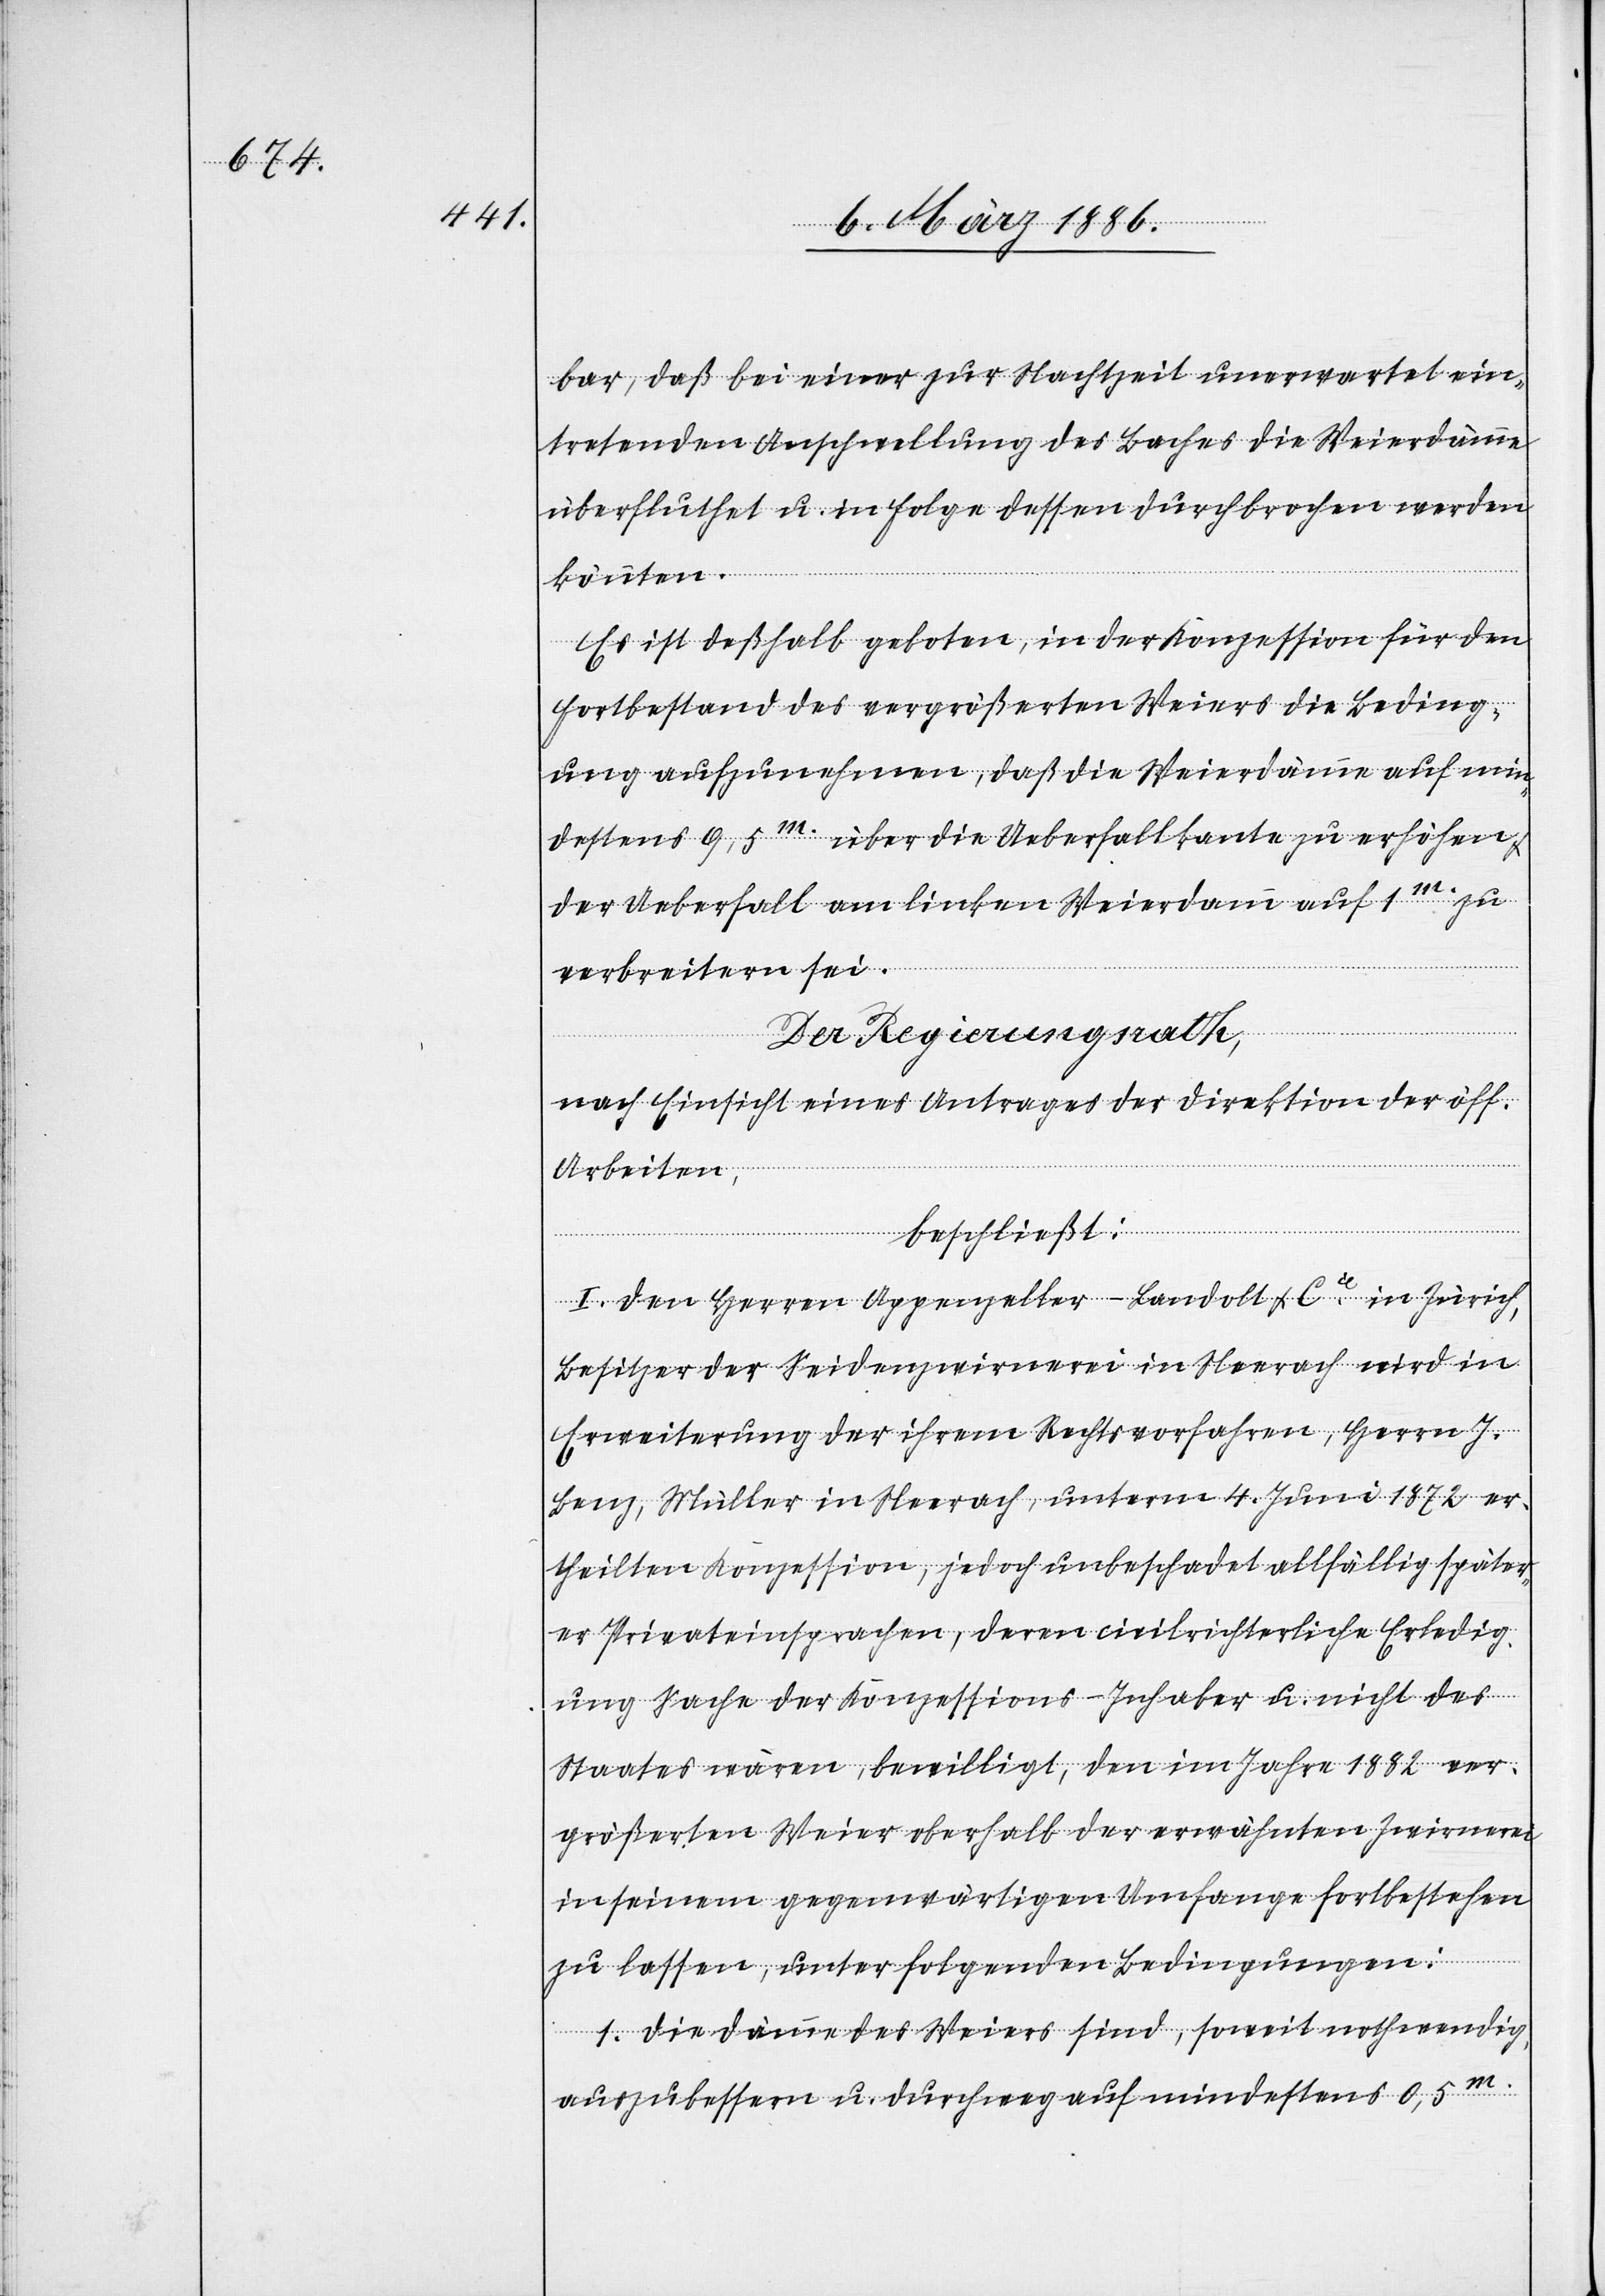
bar, daß bei einer zur Nachtzeit unerwartet ein¬
tretenden Anschwellung des Baches die Weierdämme
überfluthet u. in Folge dessen durchbrochen werden
könnten.
Es ist deßhalb geboten, in der Konzession für den
Fortbestand des vergrößerten Weiers die Beding¬
ung aufzunehmen, daß die Weierdämme auf min¬
destens 9,5m. über die Ueberfallkante zu erhöhen
der Ueberfall am linken Weierdamm auf 1m. zu
verbreitern sei.
Der Regierungsrath,
nach Einsicht eines Antrages der Direktion der öff.
Arbeiten,
beschließt:
I. Den Herren Appenzeller-Landolt & Cie. in Zürich,
Besitzer der Seidenzwirnerei in Neerach wird in
Erweiterung der ihrem Rechtsvorfahren, Herrn J.
Benz, Müller in Neerach, unterm 4. Juni 1872 er¬
theilten Konzession, jedoch unbeschadet allfällig später¬
er Privateinsprachen, deren civilrichterliche Erledig¬
ung Sache der Konzessions-Inhaber u. nicht des
Staates wären, bewilligt, den im Jahre 1882 ver¬
größerten Weier oberhalb der erwähnten Zwirnerei
in seinem gegenwärtigen Umfange fortbestehen
zu lassen, unter folgenden Bedingungen:
1. Die Dämme des Weiers sind, soweit nothwendig
auszubessern u. durchweg auf mindestens 0,5m.